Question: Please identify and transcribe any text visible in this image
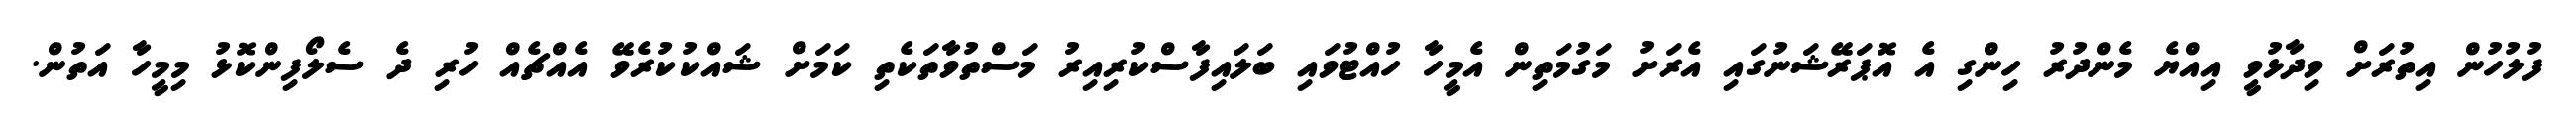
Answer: ފުލުހުން އިތުރަށް ވިދާޅުވީ އިއްޔެ މެންދުރު ހިންގި އެ އޮޕަރޭޝަނުގައި އެރަށު މަގުމަތިން އެމީހާ ހުއްޓުވައި ބަލައިފާސްކުރިއިރު މަސްތުވާތަކެތި ކަމަށް ޝައްކުކުރެވޭ އެއްޗެއް ހުރި ދެ ސެލޯފިންކޮޅު މިމީހާ އަތުން.